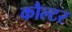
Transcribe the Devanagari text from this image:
कौल्टर